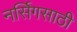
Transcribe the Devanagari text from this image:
नर्सिगसाठी